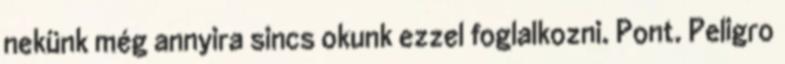
nekünk még annyira sincs okunk ezzel foglalkozni. Pont. Peligro